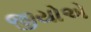
જીયોએ